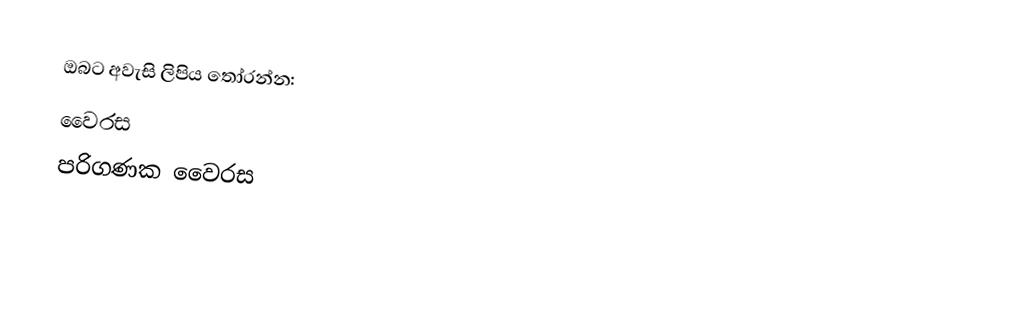
ඔබට අවැසි ලිපිය තෝරන්න:
 වෛරස
 පරිගණක වෛරස